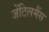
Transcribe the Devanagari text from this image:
जेंटिलमैंस